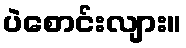
ပဲစောင်းလျား။